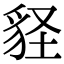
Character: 𧲵